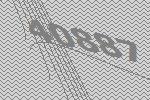
40887